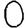
Digit: 0